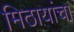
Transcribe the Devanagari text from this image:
मिठायांचा